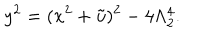
y ^ { 2 } = ( x ^ { 2 } + \tilde { u } ) ^ { 2 } - 4 \Lambda _ { 2 } ^ { 4 } .